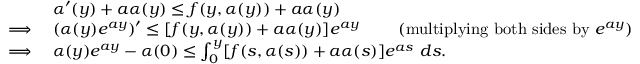
\begin{array} { r l } & { \alpha ^ { \prime } ( y ) + a \alpha ( y ) \leq f ( y , \alpha ( y ) ) + a \alpha ( y ) ~ ~ ~ ~ ~ } \\ { \implies } & { ( \alpha ( y ) e ^ { a y } ) ^ { \prime } \leq [ f ( y , \alpha ( y ) ) + a \alpha ( y ) ] e ^ { a y } ~ ~ ~ ~ ~ ~ ~ ( \mathrm { m u l t i p l y i n g ~ b o t h ~ s i d e s ~ b y } ~ e ^ { a y } ) } \\ { \implies } & { \alpha ( y ) e ^ { a y } - \alpha ( 0 ) \leq \int _ { 0 } ^ { y } [ f ( s , \alpha ( s ) ) + a \alpha ( s ) ] e ^ { a s } ~ d s . } \end{array}